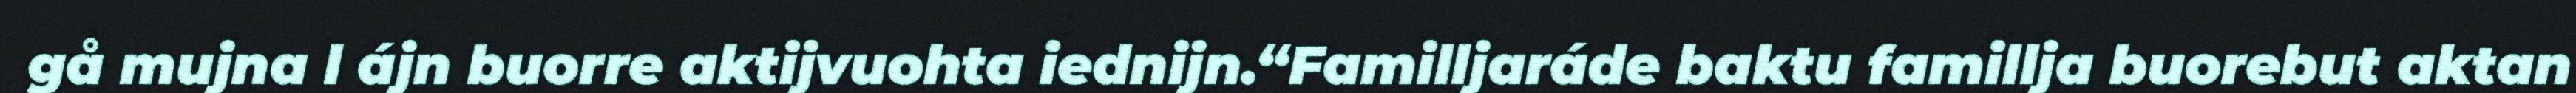
gå mujna l ájn buorre aktijvuohta iednijn.“Familljaráde baktu famillja buorebut aktan